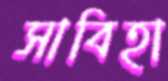
সাবিহা